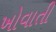
ખોવાતી